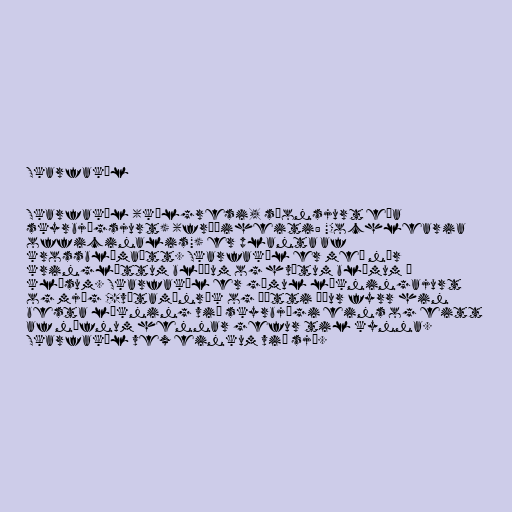
Skarfakál

Skarfakál (kálgresi, síonsjurt eða
skyrbjúgsjurt) (fræðiheiti: "Cochlearia
officinalis") er planta af
krossblómaætt. Skarfakál er með nær
kringlóttum blöðum og hvítum blómum í
klösum. Skarfakál er gömul lækningajurt
og mjög C-vítamínrík og þótti áður fyrr hin
besta lækning við skyrbjúgi eins og eitt
af nöfnum hennar gefur til kynna.
Skarfakál vex einkum við sjó.